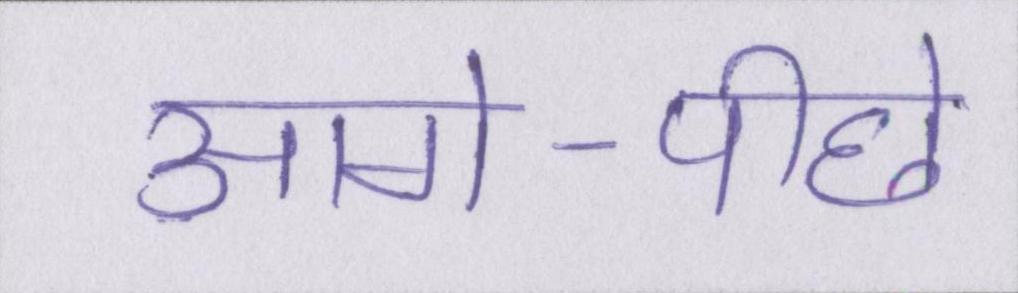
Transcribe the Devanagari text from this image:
आगे-पीछे